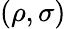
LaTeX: (\rho,\sigma)